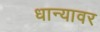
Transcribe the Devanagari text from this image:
धान्यावर